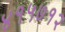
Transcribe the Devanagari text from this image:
४१५७१२